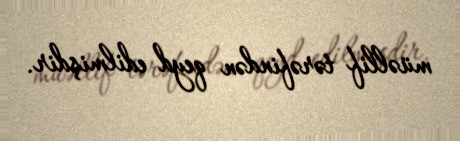
müəllif tərəfindən qeyd edilmişdir.